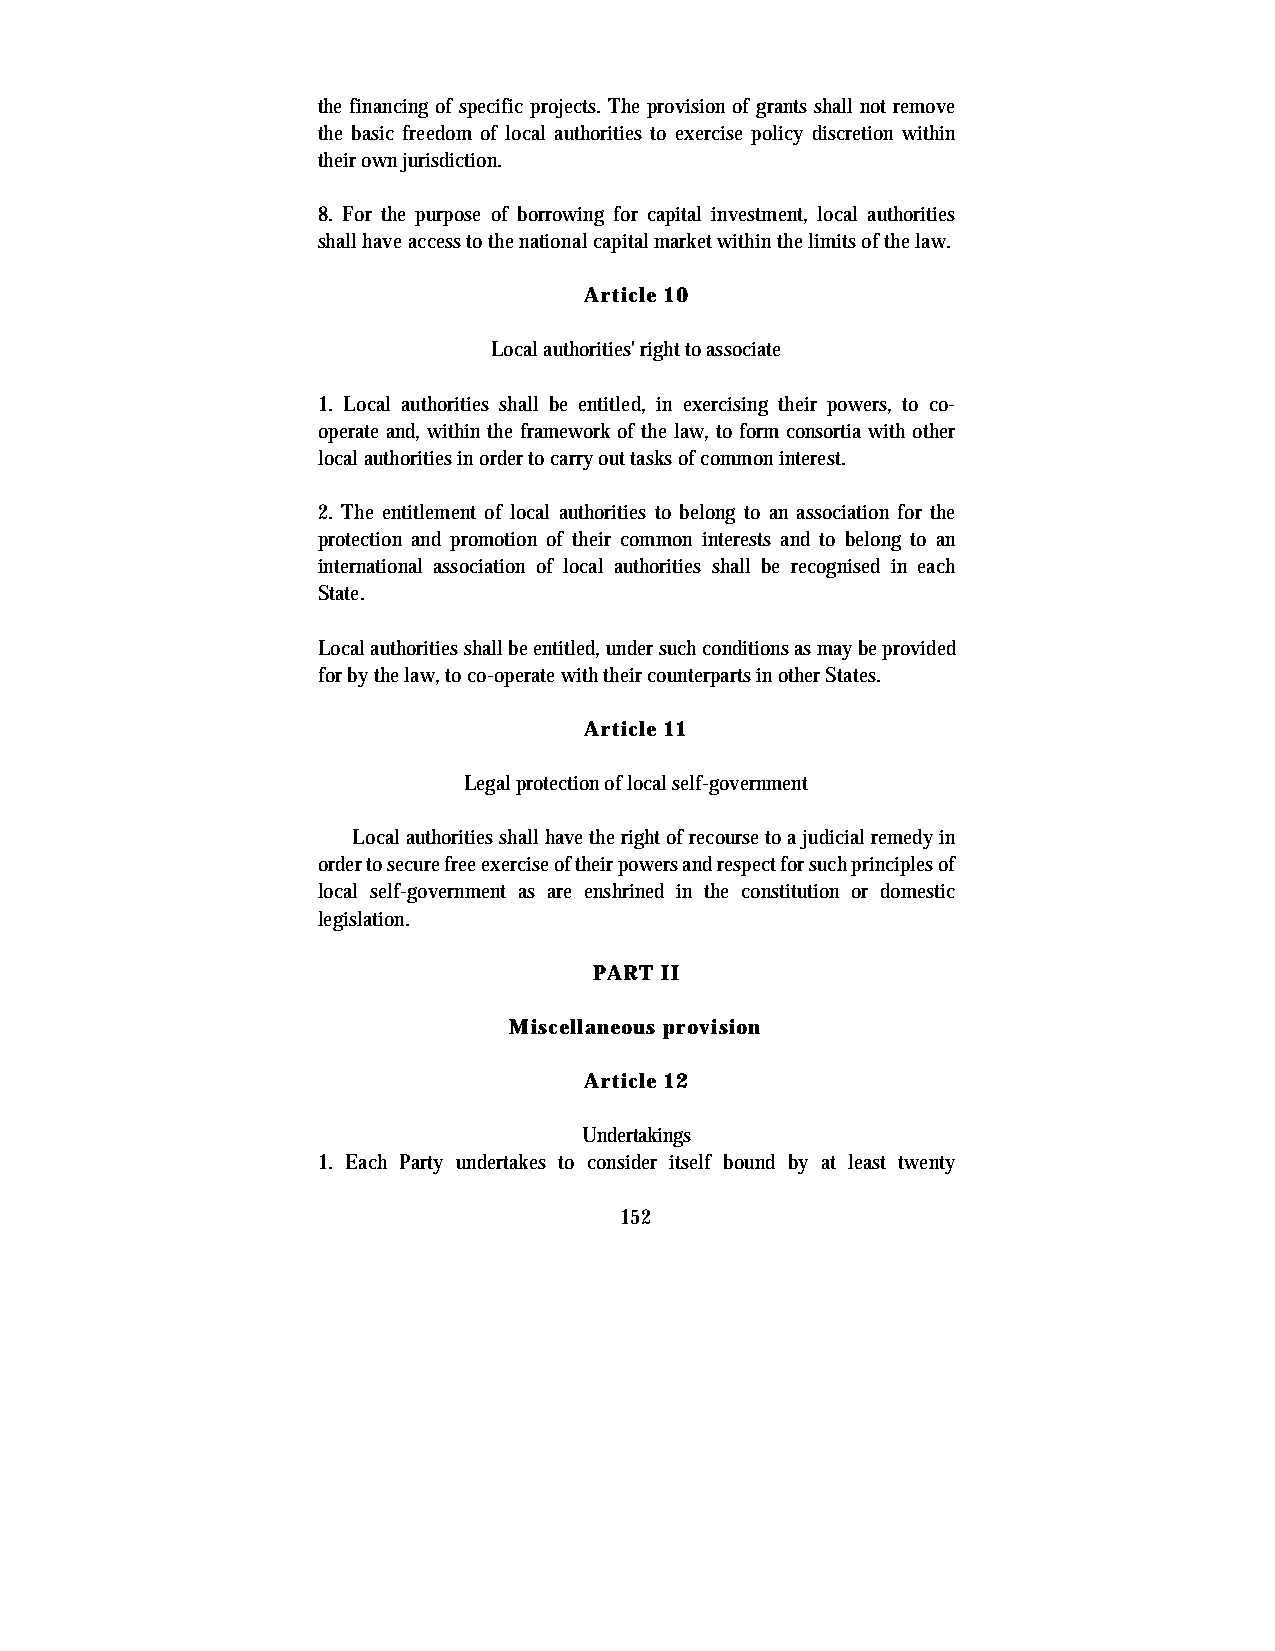
the financing of specific projects. The provision of grants shall not remove
 the basic freedom of local authorities to exercise policy discretion within
 their own jurisdiction.
 8. For the purpose of borrowing for capital investment, local authorities
 shall have access to the national capital market within the limits of the law.
 Article 10
 Local authorities' right to associate
 1. Local authorities shall be entitled, in exercising their powers, to co-
 operate and, within the framework of the law, to form consortia with other
 local authorities in order to carry out tasks of common interest.
 2. The entitlement of local authorities to belong to an association for the
 protection and promotion of their common interests and to belong to an
 international association of local authorities shall be recognised in each
 State.
 Local authorities shall be entitled, under such conditions as may be provided
 for by the law, to co-operate with their counterparts in other States.
 Article 11
 Legal protection of local self-government
 Local authorities shall have the right of recourse to a judicial remedy in
 order to secure free exercise of their powers and respect for such principles of
 local self-government as are enshrined in the constitution or domestic
 legislation.
 PART II
 Miscellaneous provision
 Article 12
 Undertakings
 1. Each Party undertakes to consider itself bound by at least twenty
 152